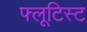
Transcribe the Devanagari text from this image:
फ्लूटिस्ट